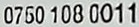
0750 108 0011